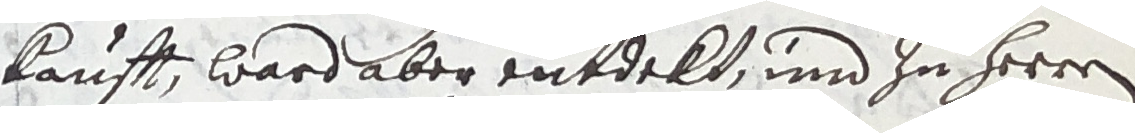
kaufft, ward aber entdekt und zu herren